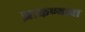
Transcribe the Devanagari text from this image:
झाकण्याचा